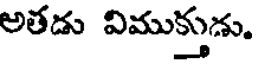
అతడు విముక్తుడు.